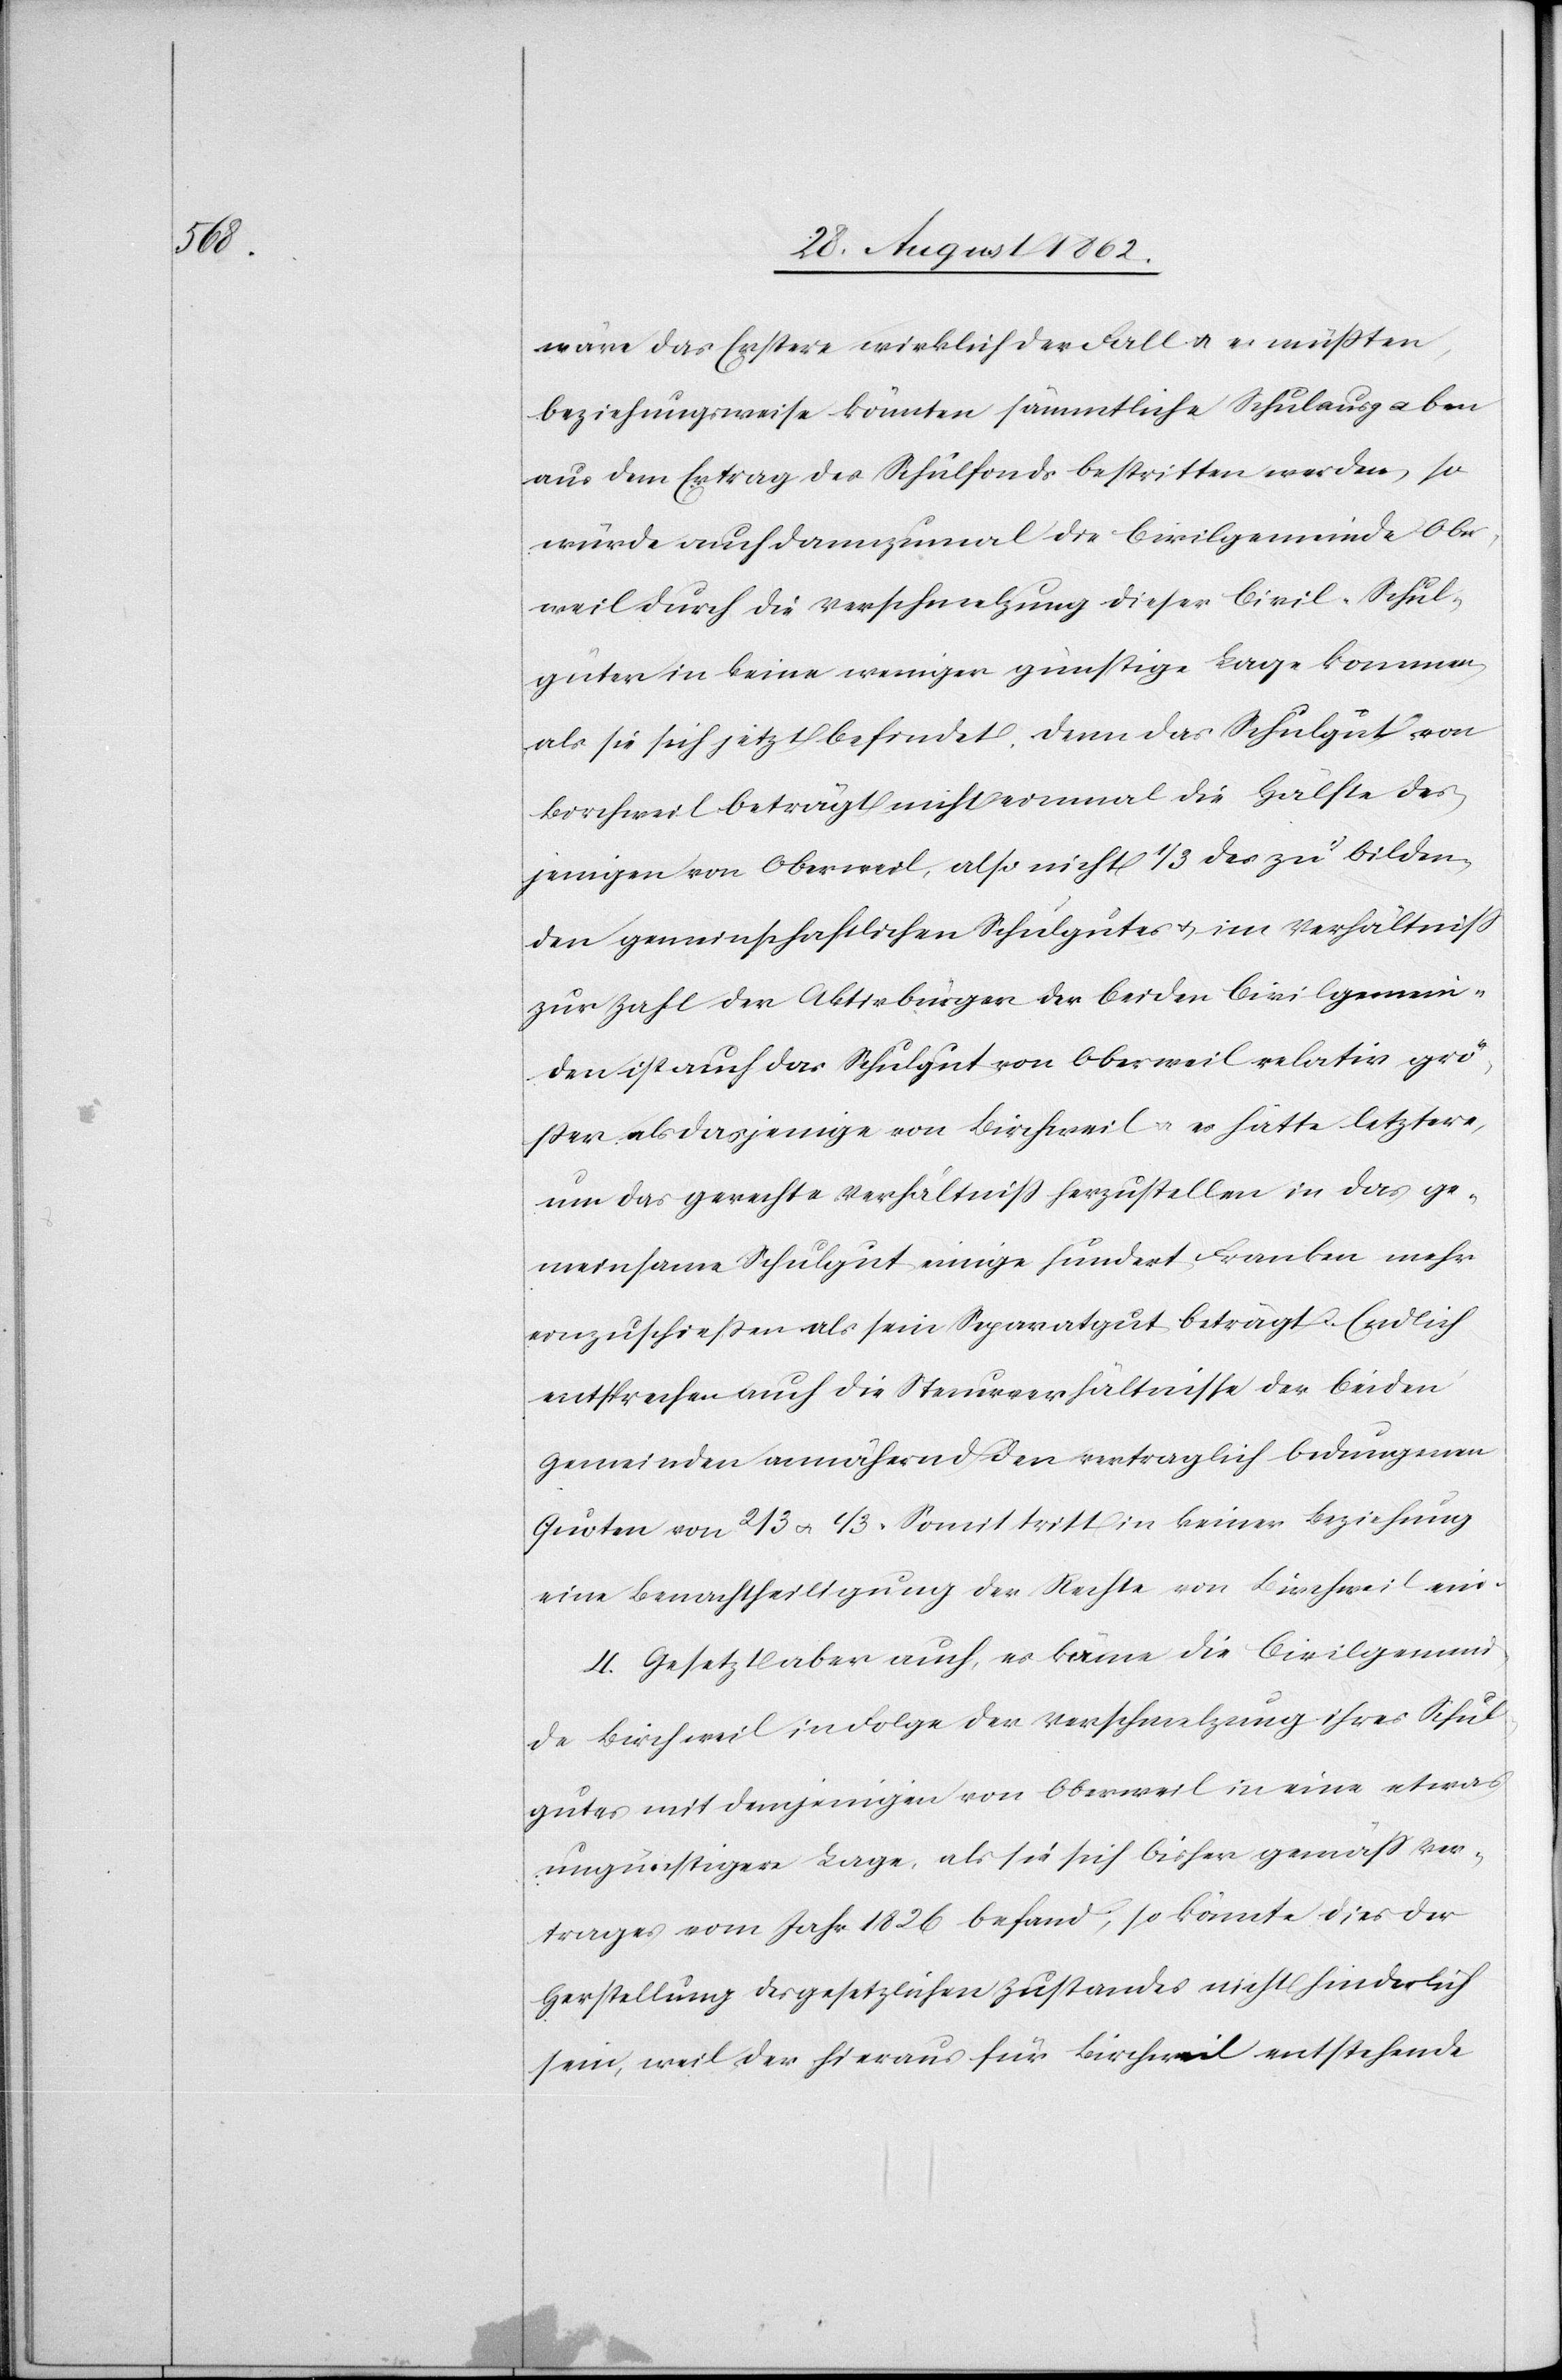
wäre das Erstere wirklich der Fall u. es müßten,
beziehungsweise könnten sämmtliche Schulausgaben
aus dem Ertrag des Schulfonds bestritten werden, so
würde auch dennzumal die Civilgemeinde Ober¬
weil durch die Verschmelzung dieser Civil-Schul¬
güter in keine weniger günstige Lage kommen
als sie sich jetzt befindet, denn das Schulgut von
Birchweil beträgt nicht einmal die Hälfte des¬
jenigen von Oberweil, also nicht 1/3 des zu bilden¬
den gemeinschaftlichen Schulgutes u. im Verhältniß
zur Zahl der Aktivbürger der beiden Civilgemein¬
den ist auch das Schulgut von Oberweil relativ grö¬
ßer als dasjenige von Birchweil u. es hätte letztere,
um das gerechte Verhältniß herzustellen in das ge¬
meinsame Schulgut einige hundert Franken mehr
einzuschließen als sein Separatgut beträgt. Endlich
entsprechen auch die Steuerverhältnisse der beiden
Gemeinde annährend den vertraglich bedungenen
Quoten von 2/3 u. 1/3. Somit tritt in keiner Beziehung
eine Benachtheiligung der Rechte von Birchweil ein.
4. Gesetzt aber auch, es käme die Civilgemein¬
de Birchweil in Folge der Verschmelzung ihres Schul¬
gutes mit demjenigen von Oberweil in eine etwas
ungünstigere Lage, als sie sich bisher gemäß Ver¬
trages vom Jahr 1826 befand, so könnte dies der
Herstellung des gesetzlichen Zustandes nicht hinderlich
sein, wie der hieraus für Birchweil entstehende